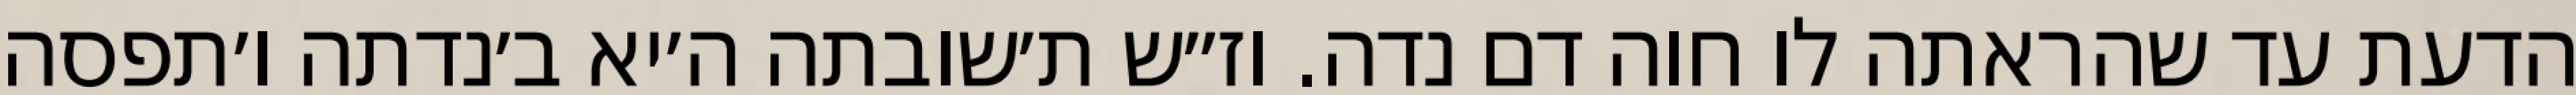
הדעת עד שהראתה לו חוה דם נדה. וז״ש ת׳שובתה ה׳יא ב׳נדתה ו׳תפסה